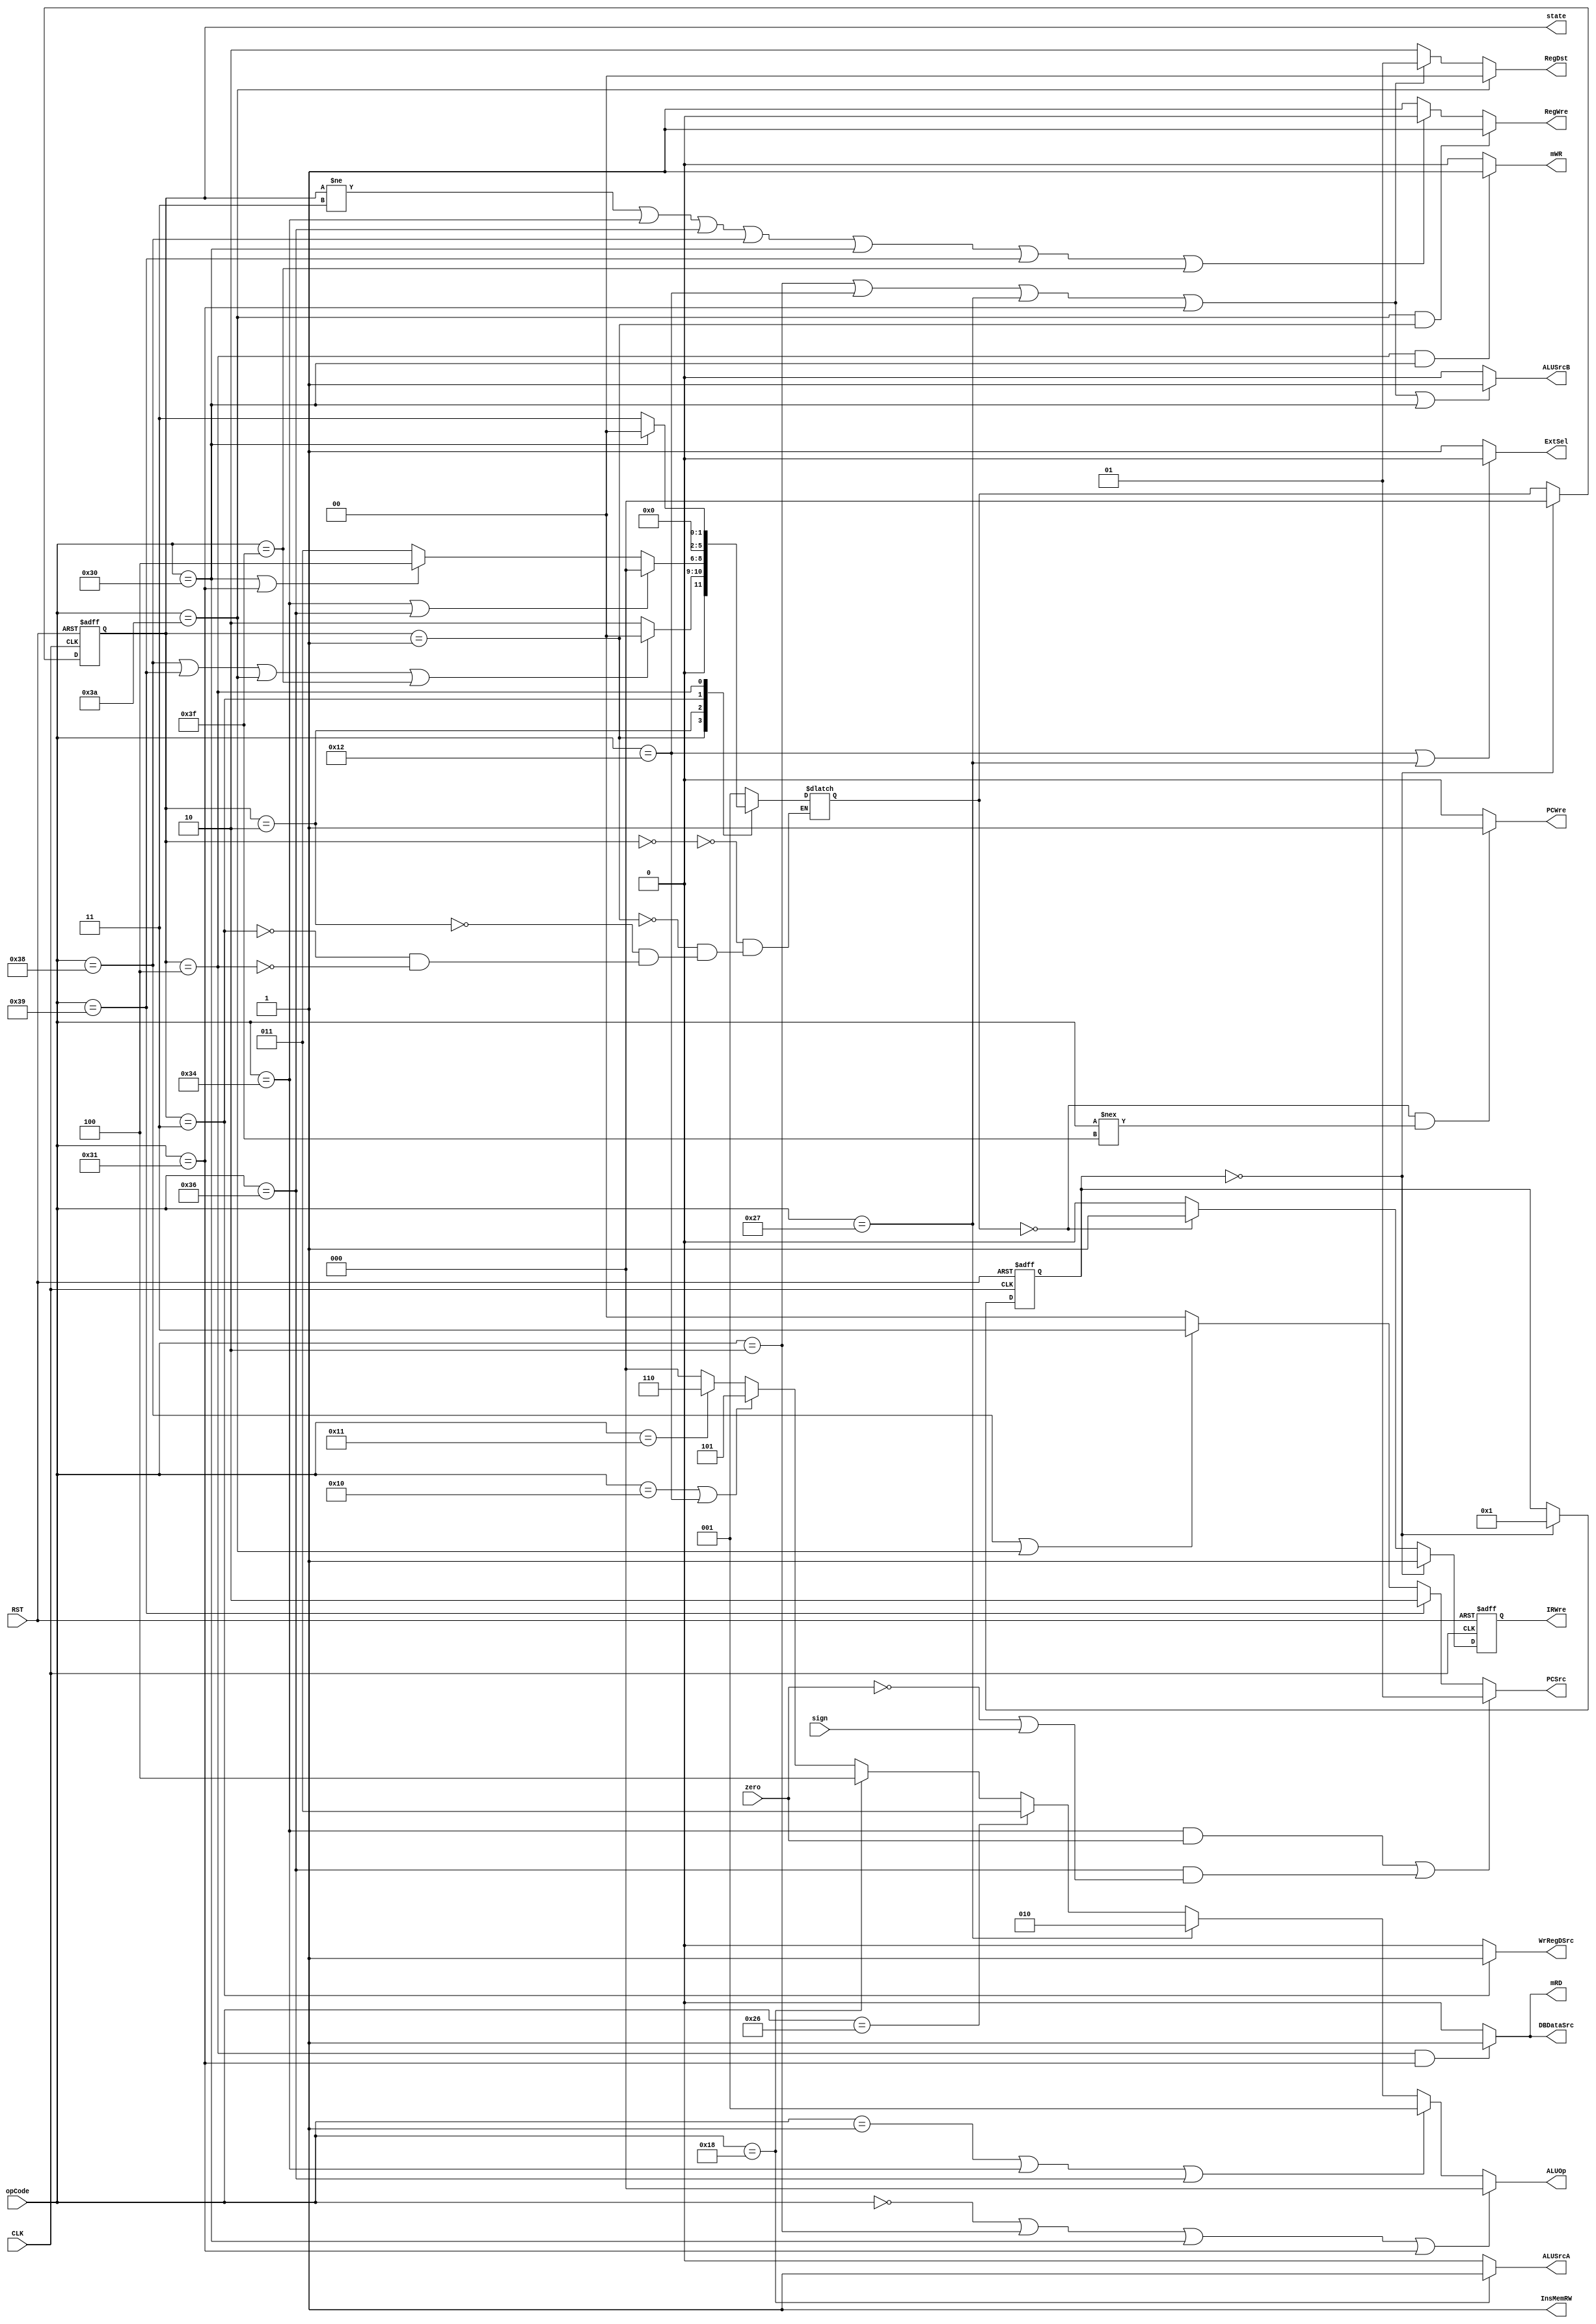
module CU(
  input CLK, RST, zero, sign,
  input [5:0] opCode,
  output reg [1:0] RegDst, PCSrc,
  output reg [2:0] ALUOp, state,
  output reg ALUSrcA, ALUSrcB, mRD ,mWR, InsMemRW, ExtSel, PCWre, RegWre, DBDataSrc, WrRegDSrc, IRWre
  );

  parameter [2:0] sIF = 3'b000, sID = 3'b001, sEXE = 3'b010,
                  sWB = 3'b011, sMEM = 3'b100;
  parameter [5:0] Add = 6'b000000, Sub = 6'b000001, Addi = 6'b000010, Or = 6'b010000,
                  And = 6'b010001, Ori = 6'b010010, Sll = 6'b011000, Slt = 6'b100110,
                  Sltiu = 6'b100111, Sw = 6'b110000, Lw = 6'b110001, Beq = 6'b110100,
                  Bltz = 6'b1110110, J = 6'b111000, Jr = 6'b111001, Jal = 6'b111010,
                  Halt = 6'b111111;
  reg [2:0] next_state; 
  integer i;

  initial begin
    i = 0;
  end

  always @(posedge CLK or negedge RST) begin
    if (RST == 0) begin
      state = sIF;
      IRWre = 0;
      i = 0;
    end
    else if (i == 0) begin
      state = sIF;
      IRWre = 1;
      i = 1;
    end
    else begin
      state = next_state; 
      IRWre = (state == sIF) ? 1:0;
    end
  end  

  always @(state or opCode) begin
      case(state)
          sIF: next_state = sID;
          sID: begin
                  if (opCode == J || opCode == Jr || opCode == Jal || opCode == Halt)
                    next_state = sIF;
                  else
                    next_state = sEXE;
                end
          sEXE:begin
                  if (opCode == Beq || opCode == Bltz)
                    next_state = sIF;
                  else if (opCode == Sw || opCode == Lw)
                    next_state = sMEM;
                  else
                    next_state = sWB;
                end
          sWB: next_state = sIF; 
          sMEM:begin
                  if (opCode == Sw)
                    next_state = sIF;
                  else
                    next_state = sWB;
                end
      endcase
  end

  always @ (state or opCode or zero or sign) begin
    PCWre = (next_state == sIF && opCode !== Halt) ? 1:0;
    DBDataSrc = (state == sMEM && opCode == Lw) ? 1:0;
    InsMemRW = 1;
    WrRegDSrc = (state == sWB) ? 1:0;
    mRD = (state == sMEM && opCode == Lw) ? 1:0;
    mWR = (state == sMEM && opCode == Sw) ? 1:0;
    ExtSel = (opCode == Ori || opCode == Sltiu) ? 0:1;
    ALUSrcA = (opCode == Sll) ? 1:0;
    ALUSrcB = (opCode == Addi || opCode == Ori || opCode == Sltiu || opCode == Lw || opCode == Sw) ? 1:0;
    if (opCode == Jal && state == sID)
      RegWre = 1;
    else
      RegWre = ( state != sWB || opCode == Beq || opCode == Bltz 
                || opCode == J || opCode == Sw || opCode == Jr || opCode == Halt) ? 0:1;
      
    if ((opCode == Beq&&zero == 1) || (opCode == Bltz&&(zero == 0||sign == 1)))
      PCSrc = 2'b01;
    else if (opCode == Jr)
      PCSrc = 2'b10;
    else if (opCode == J || opCode == Jal)
      PCSrc = 2'b11;
    else
      PCSrc = 2'b00;
        
    if (opCode == Jal)
      RegDst = 2'b00;
    else if (opCode == Addi || opCode == Ori || opCode == Sltiu || opCode == Lw)
      RegDst = 2'b01;
    else
      RegDst = 2'b10;
  
    if (opCode == Add || opCode == Addi || opCode == Sw || opCode == Lw)
      ALUOp = 3'b000;
    else if (opCode == Sub || opCode == Beq || opCode == Bltz)
      ALUOp = 3'b001;
    else if (opCode == Sltiu)
      ALUOp = 3'b010;
    else if (opCode == Slt)
      ALUOp = 3'b011;
    else if (opCode == Sll)
      ALUOp = 3'b100;
    else if (opCode == Or || opCode == Ori)
      ALUOp = 3'b101;
    else if (opCode == And )
      ALUOp = 3'b110;
    else
      ALUOp = 3'b000;
    
//    if (state == sIF) begin  
//      RegWre = 0;  
//      mWR = 0;  
//    end  
  end
endmodule